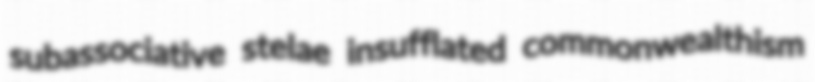
subassociative stelae insufflated commonwealthism